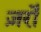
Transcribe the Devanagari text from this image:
ज़र्रों